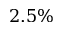
2 . 5 \%